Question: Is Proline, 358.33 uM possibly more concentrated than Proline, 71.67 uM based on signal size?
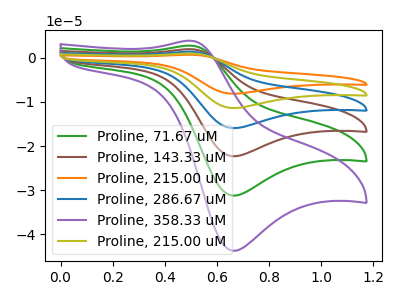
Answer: <think>The green curve "Proline, 71.67 uM" has an anodic peak at (0.50V, 2.80uA) and a cathodic peak at (0.65V, -31.25uA). The brown curve "Proline, 143.33 uM" has an anodic peak at (0.50V, 5.60uA) and a cathodic peak at (0.65V, -62.50uA). The orange curve "Proline, 215.00 uM" has an anodic peak at (0.50V, 13.95uA) and a cathodic peak at (0.65V, -156.30uA). The blue curve "Proline, 286.67 uM" has an anodic peak at (0.50V, 8.35uA) and a cathodic peak at (0.65V, -93.80uA). The purple curve "Proline, 358.33 uM" has an anodic peak at (0.50V, 3.90uA) and a cathodic peak at (0.65V, -43.80uA). The olive curve "Proline, 215.00 uM" has an anodic peak at (0.50V, 11.15uA) and a cathodic peak at (0.65V, -125.05uA).
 All the peaks in "Proline, 358.33 uM" have a peak in "Proline, 71.67 uM" at the same potential. Every peak in "Proline, 358.33 uM" is higher than every peak in "Proline, 71.67 uM".</think>
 <answer>"Proline, 358.33 uM" has more signal than "Proline, 71.67 uM".</answer>
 <eval>more_signal</eval>